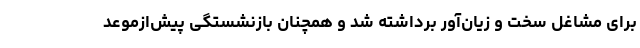
برای مشاغل سخت و زیان‌آور برداشته شد و همچنان بازنشستگی پیش‌ازموعد